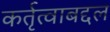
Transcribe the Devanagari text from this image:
कर्तृत्वाबद्दल